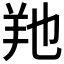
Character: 𦍔